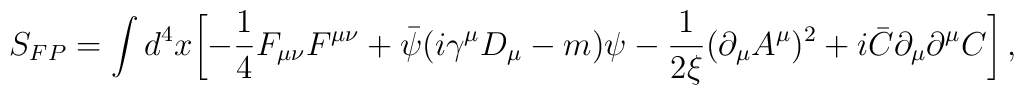
S_{FP}=\int d^4 x\biggl[-{1\over 4}F_{\mu\nu}F^{\mu\nu}+{\bar\psi}(i\gamma^\mu D_\mu -m)\psi-{1\over 2\xi}(\partial_\mu A^\mu)^2+i{\bar C}\partial_\mu\partial^\mu C\biggr] \,,